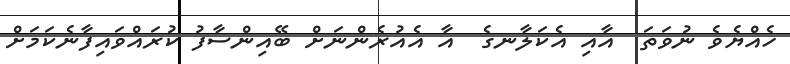
ހެއްޔެވެ ނުވަތަ  އާއި އެކަލާާނގެ  އާ އެއުރެންނަށް ބޭއިންސާފު ކުރައްވައިފާނެކަމަށް